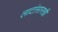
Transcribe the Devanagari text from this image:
लाटांसारखी